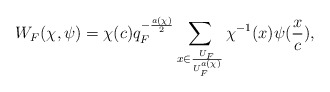
\begin{align*} W_F(\chi,\psi)=\chi(c)q_{F}^{-\frac{a(\chi)}{2}}\sum_{x\in \frac{U_F}{U_{F}^{a(\chi)}}}\chi^{-1}(x)\psi(\frac{x}{c}),\end{align*}